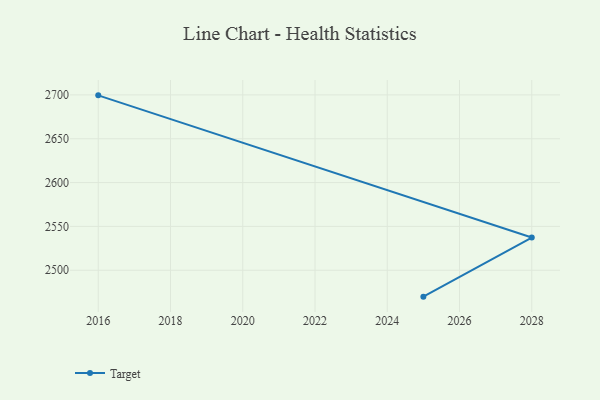
{"axis": {"x": "Year", "y": "Production Output"}, "legend": ["Target"], "data": [{"x": "2025", "y": 2469.9, "type": "Target"}, {"x": "2028", "y": 2537.3, "type": "Target"}, {"x": "2016", "y": 2699.5, "type": "Target"}]}